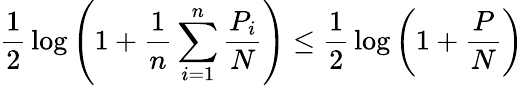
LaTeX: {\frac{1}{2}}\log\left(1+{\frac{1}{n}}\sum_{i=1}^{n}{\frac{P_{i}}{N}}\right)\leq{\frac{1}{2}}\log\left(1+{\frac{P}{N}}\right)\,